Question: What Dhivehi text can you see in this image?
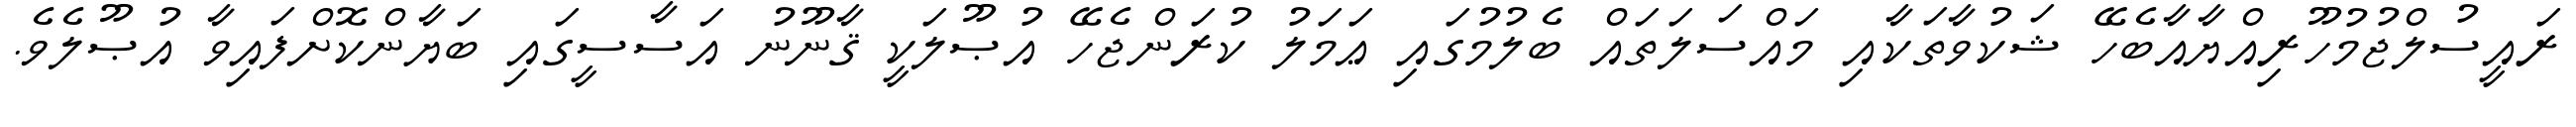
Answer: ރައީސުލްޖުމުހޫރިއްޔާއާބެހޭ ޝަކުވާތަކާއި މައްސަލަތައް ބެލުމުގައި ޢަމަލު ކުރަންޖެހޭ އުޞޫލަކީ ޤާނޫނު އަސާސީގައި ބަޔާންކޮށްފައިވާ އުޞޫލެވެ.